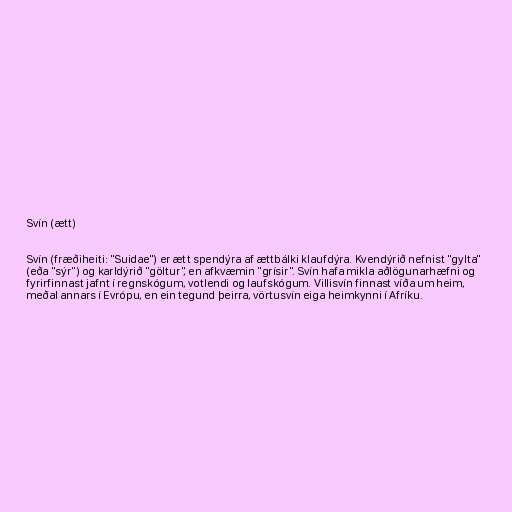
Svín (ætt)

Svín (fræðiheiti: "Suidae") er ætt spendýra af ættbálki klaufdýra. Kvendýrið nefnist "gylta"
(eða "sýr") og karldýrið "göltur", en afkvæmin "grísir". Svín hafa mikla aðlögunarhæfni og
fyrirfinnast jafnt í regnskógum, votlendi og laufskógum. Villisvín finnast víða um heim,
meðal annars í Evrópu, en ein tegund þeirra, vörtusvín eiga heimkynni í Afríku.